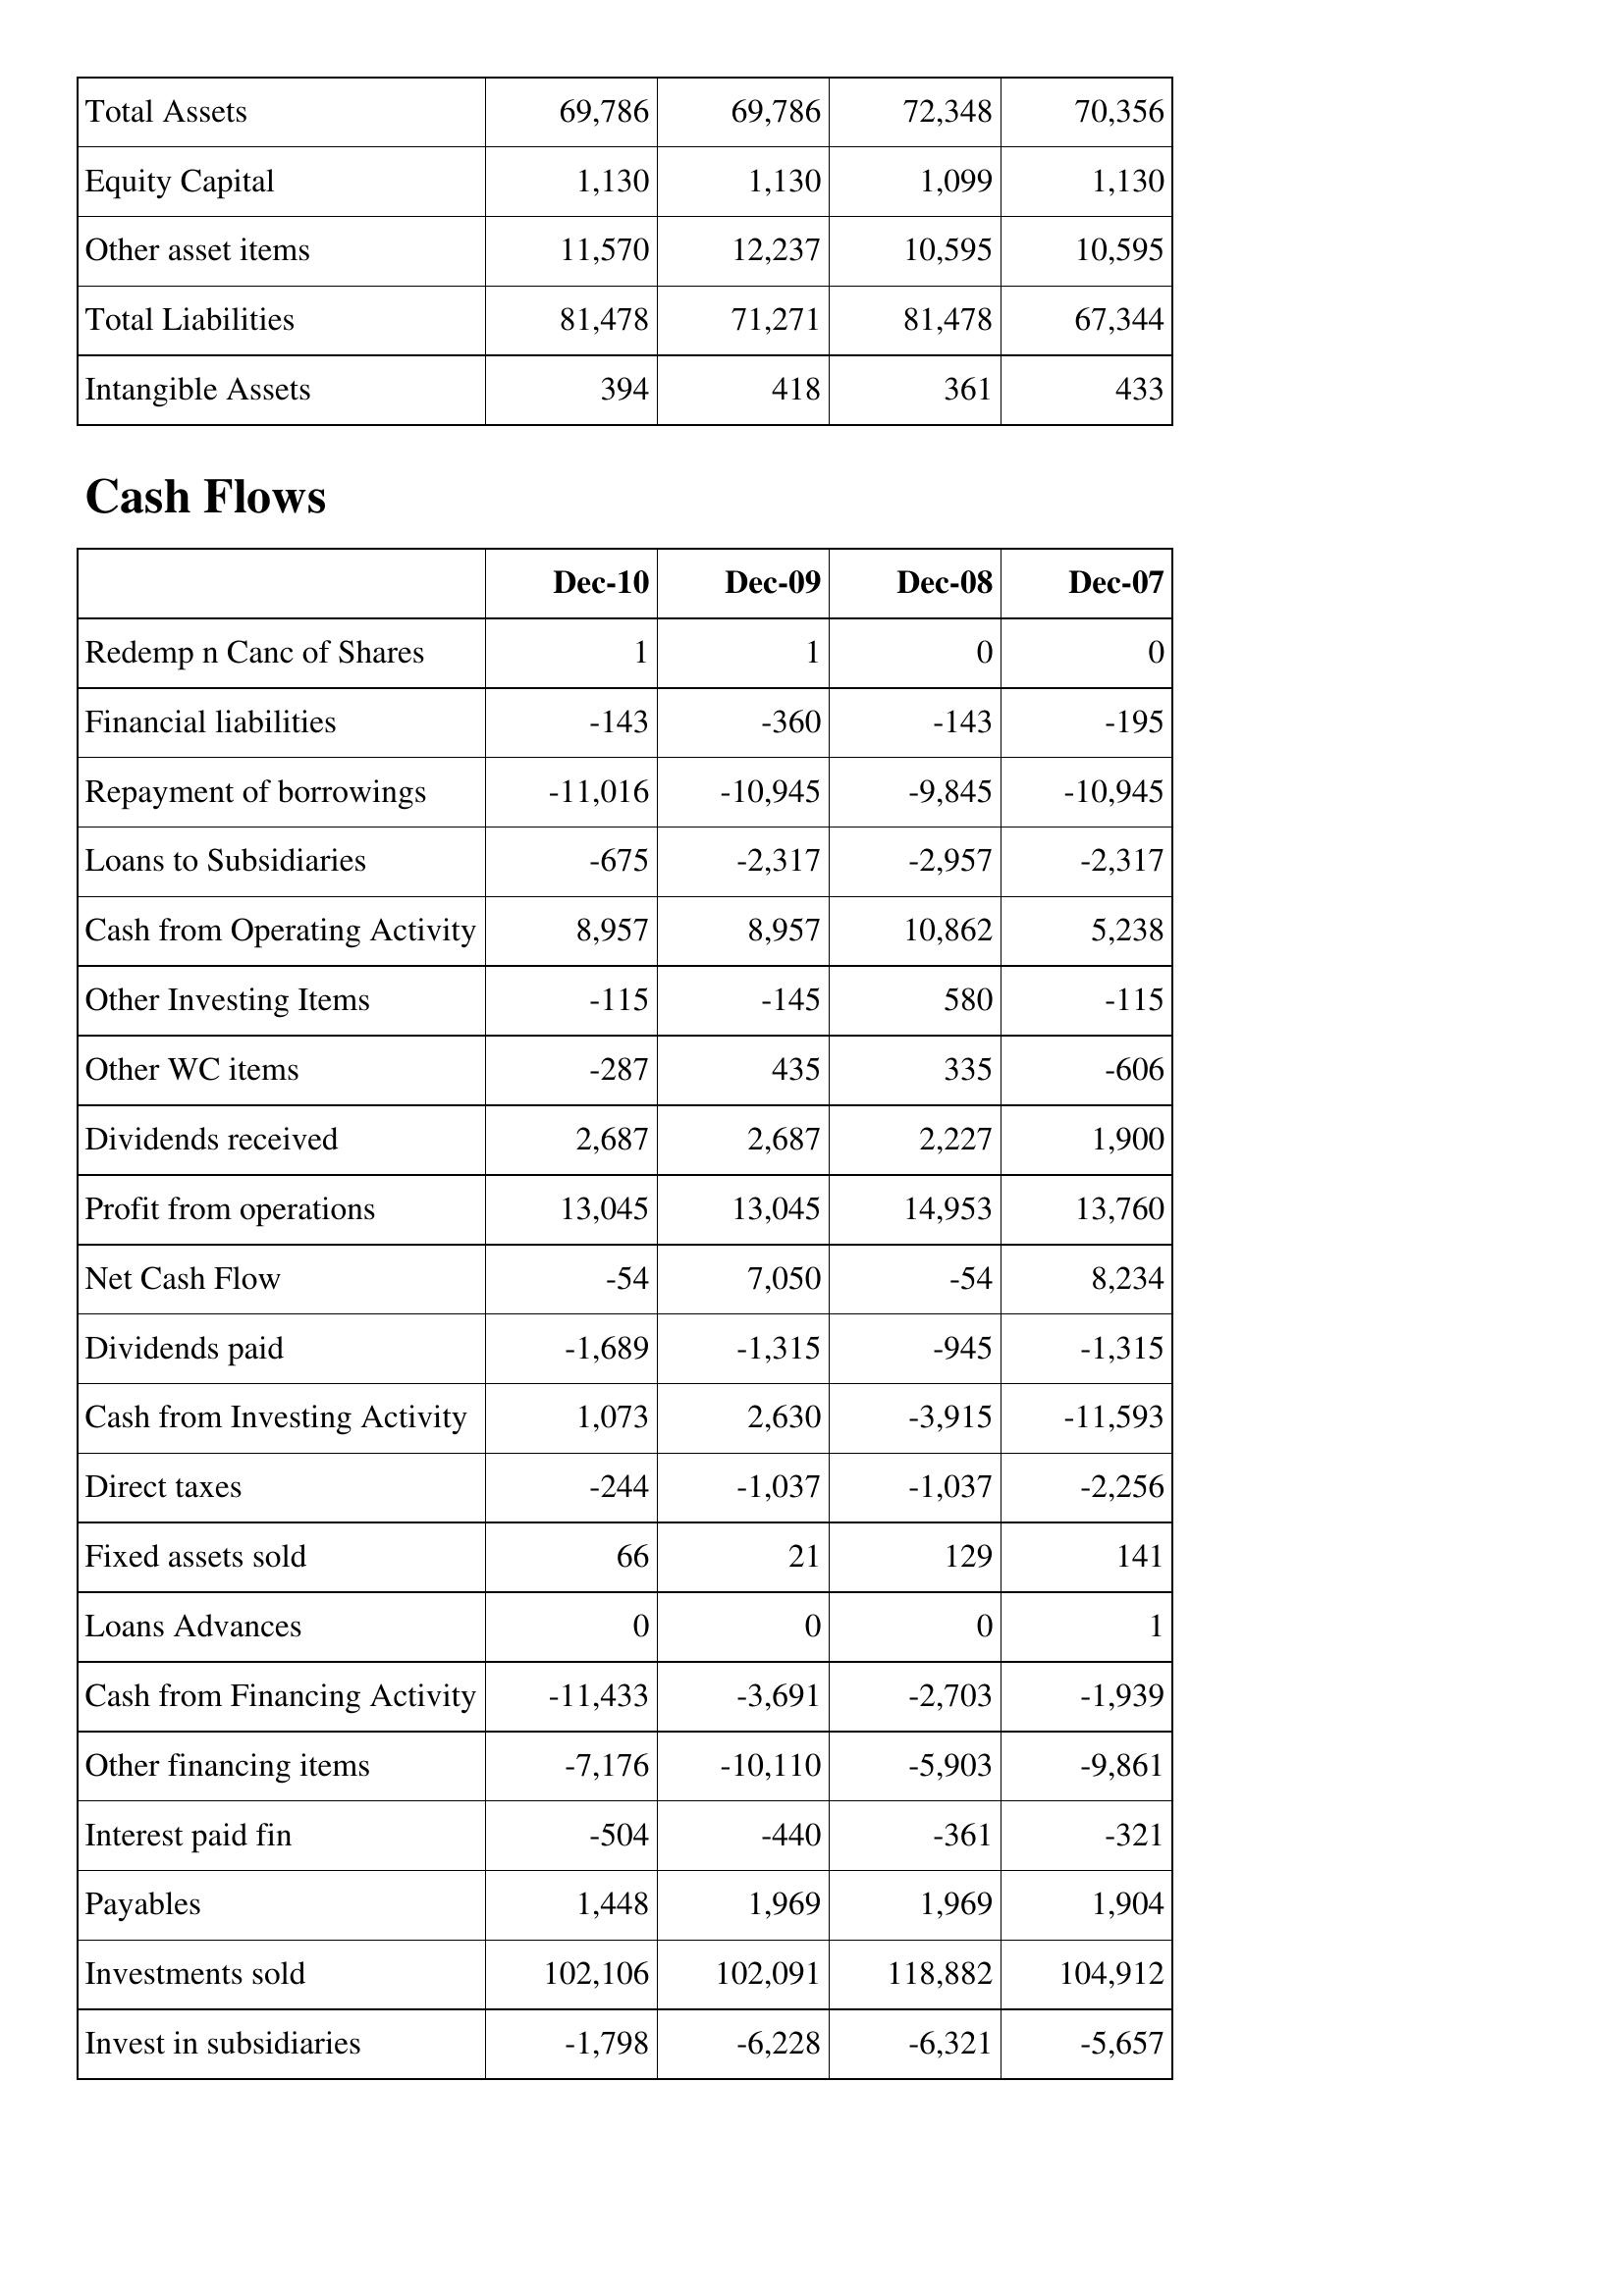
Dec-10: Balance Sheet: Total Assets: 69,786
Equity Capital: 1,130
Other asset items: 11,570
Total Liabilities: 81,478
Intangible Assets: 394
Cash Flows: Redemp n Canc of Shares: 1
Financial liabilities: -143
Repayment of borrowings: -11,016
Loans to Subsidiaries: -675
Cash from Operating Activity: 8,957
Other Investing Items: -115
Other WC items: -287
Dividends received: 2,687
Profit from operations: 13,045
Net Cash Flow: -54
Dividends paid: -1,689
Cash from Investing Activity: 1,073
Direct taxes: -244
Fixed assets sold: 66
Loans Advances: 0
Cash from Financing Activity: -11,433
Other financing items: -7,176
Interest paid fin: -504
Payables: 1,448
Investments sold: 102,106
Invest in subsidiaries: -1,798
Dec-09: Balance Sheet: Total Assets: 69,786
Equity Capital: 1,130
Other asset items: 12,237
Total Liabilities: 71,271
Intangible Assets: 418
Cash Flows: Redemp n Canc of Shares: 1
Financial liabilities: -360
Repayment of borrowings: -10,945
Loans to Subsidiaries: -2,317
Cash from Operating Activity: 8,957
Other Investing Items: -145
Other WC items: 435
Dividends received: 2,687
Profit from operations: 13,045
Net Cash Flow: 7,050
Dividends paid: -1,315
Cash from Investing Activity: 2,630
Direct taxes: -1,037
Fixed assets sold: 21
Loans Advances: 0
Cash from Financing Activity: -3,691
Other financing items: -10,110
Interest paid fin: -440
Payables: 1,969
Investments sold: 102,091
Invest in subsidiaries: -6,228
Dec-08: Balance Sheet: Total Assets: 72,348
Equity Capital: 1,099
Other asset items: 10,595
Total Liabilities: 81,478
Intangible Assets: 361
Cash Flows: Redemp n Canc of Shares: 0
Financial liabilities: -143
Repayment of borrowings: -9,845
Loans to Subsidiaries: -2,957
Cash from Operating Activity: 10,862
Other Investing Items: 580
Other WC items: 335
Dividends received: 2,227
Profit from operations: 14,953
Net Cash Flow: -54
Dividends paid: -945
Cash from Investing Activity: -3,915
Direct taxes: -1,037
Fixed assets sold: 129
Loans Advances: 0
Cash from Financing Activity: -2,703
Other financing items: -5,903
Interest paid fin: -361
Payables: 1,969
Investments sold: 118,882
Invest in subsidiaries: -6,321
Dec-07: Balance Sheet: Total Assets: 70,356
Equity Capital: 1,130
Other asset items: 10,595
Total Liabilities: 67,344
Intangible Assets: 433
Cash Flows: Redemp n Canc of Shares: 0
Financial liabilities: -195
Repayment of borrowings: -10,945
Loans to Subsidiaries: -2,317
Cash from Operating Activity: 5,238
Other Investing Items: -115
Other WC items: -606
Dividends received: 1,900
Profit from operations: 13,760
Net Cash Flow: 8,234
Dividends paid: -1,315
Cash from Investing Activity: -11,593
Direct taxes: -2,256
Fixed assets sold: 141
Loans Advances: 1
Cash from Financing Activity: -1,939
Other financing items: -9,861
Interest paid fin: -321
Payables: 1,904
Investments sold: 104,912
Invest in subsidiaries: -5,657